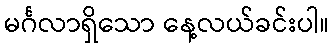
မင်္ဂလာရှိသော နေ့လယ်ခင်းပါ။